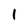
Character: 1